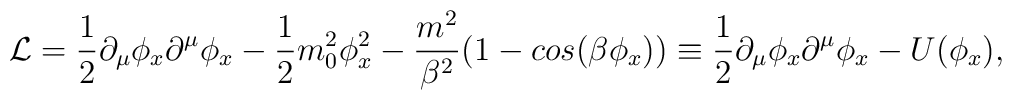
{\cal L}={\frac {1}{2}}\partial_\mu \phi_x \partial^\mu \phi_x-                      {\frac {1}{2}}m_0^2\phi_x^2-          {\frac {m^2}{\beta^2}}(1-cos(\beta\phi_x)) \equiv          {\frac {1}{2}}\partial_\mu \phi_x \partial^\mu \phi_x-U(\phi_x),